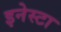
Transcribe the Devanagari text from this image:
इनेस्टा